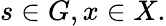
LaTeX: s\in G,x\in X.